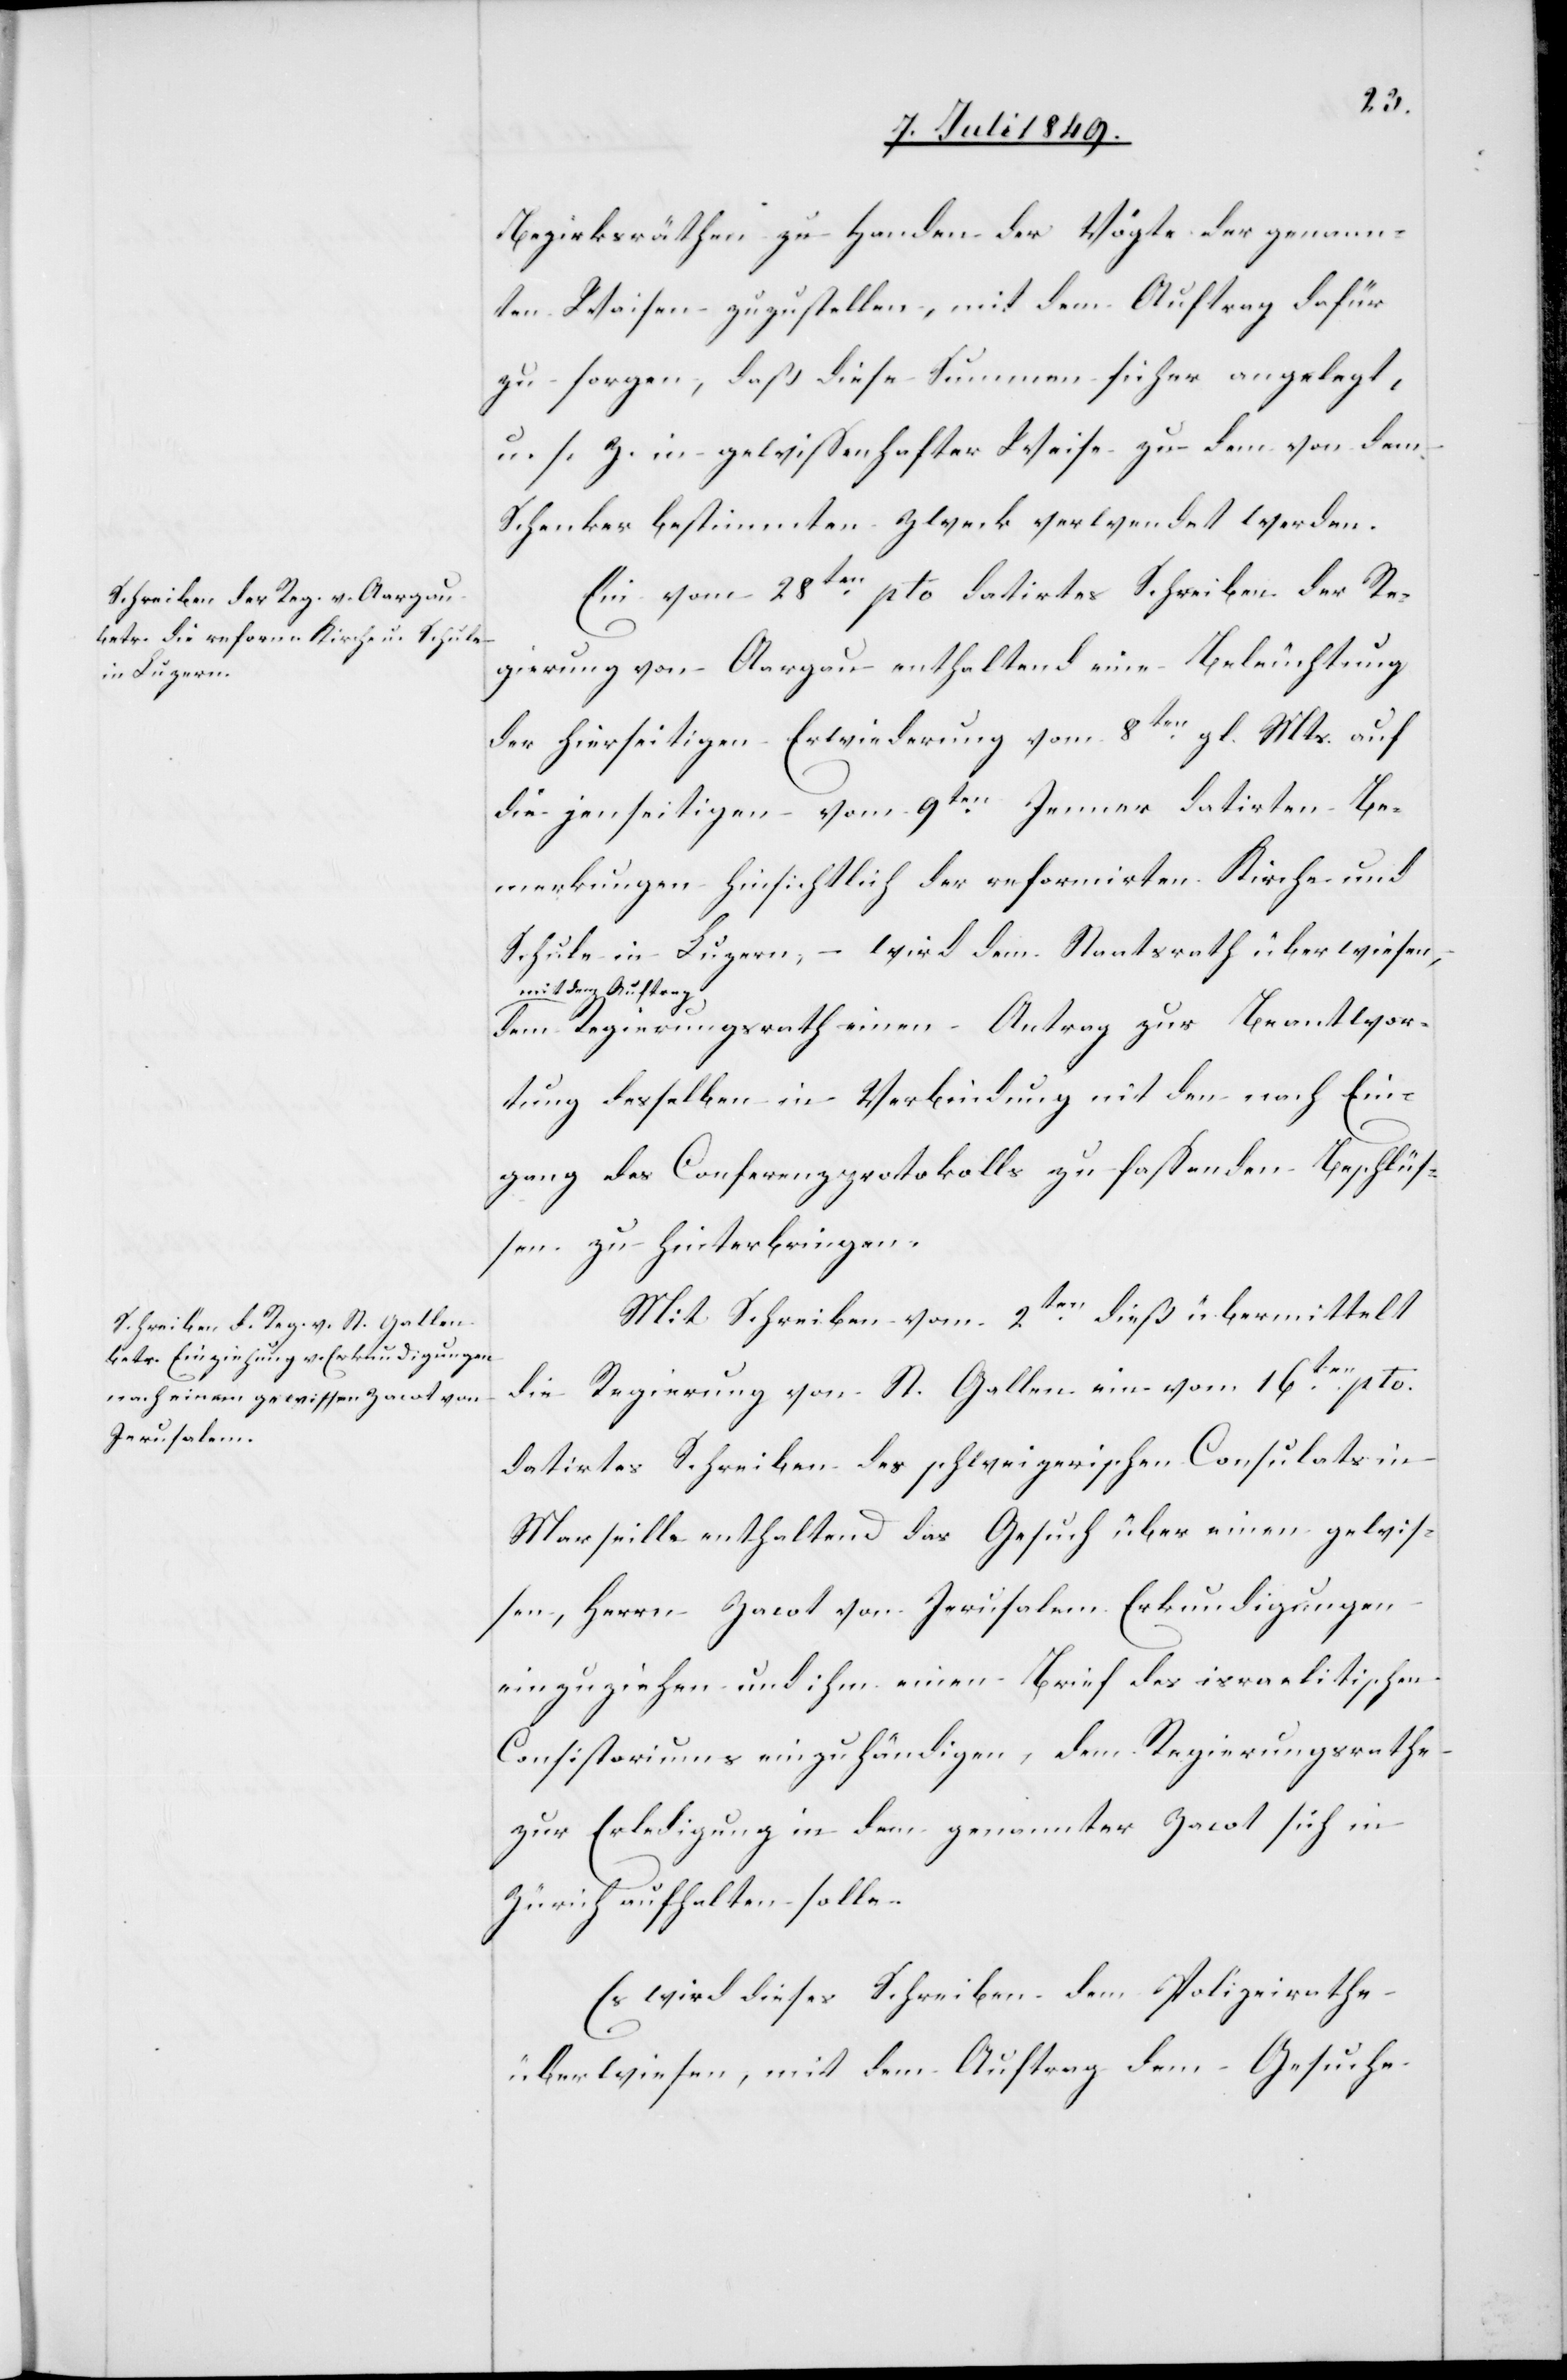
Bezirksräthen zu Handen der Vögte der genann¬
ten Waisen zuzustellen, mit dem Auftrag dafür
zu sorgen, daß diese Summen sicher angelegt,
u. s. Z. in gewissenhafter Weise zu dem von dem
Schenker bestimmten Zweck verwendet werden.
Ein vom 28ten pto datirtes Schreiben der Re¬
gierung von Aargau enthaltend eine Beleuchtung
der hierseitigen Erwiederung vom 8ten gl. Mts. auf
die jenseitigen vom 9ten Jenner datirten Be¬
merkungen hinsichtlich der reformirten Kirche und
Schule in Luzern, – wird dem Staatsrath überwiesen,
mit dem Auftrag,
dem Regierungsrath einen Antrag zur Beantwor¬
tung desselben in Verbindung mit den nach Ein¬
gang des Conferenzprotokolls zu fassenden Beschlüs¬
sen zu hinterbringen.
Mit Schreiben vom 2ten dieß übermittelt
die Regierung von St. Gallen ein vom 16ten pto.
datirtes Schreiben des schweizerischen Consulats in
Marseille enthaltend das Gesuch über einen gewis¬
sen, Herrn Zacot von Jerusalem Erkundigungen
einzuziehen und ihm einen Brief des israelitischen
Consistoriums einzuhändigen, dem Regierungsrathe
zur Erledigung in dem genannter Zacot sich in
Zürich aufhalten solle.
Es wird dieses Schreiben dem Polizeirathe
überwiesen, mit dem Auftrag dem Gesuch